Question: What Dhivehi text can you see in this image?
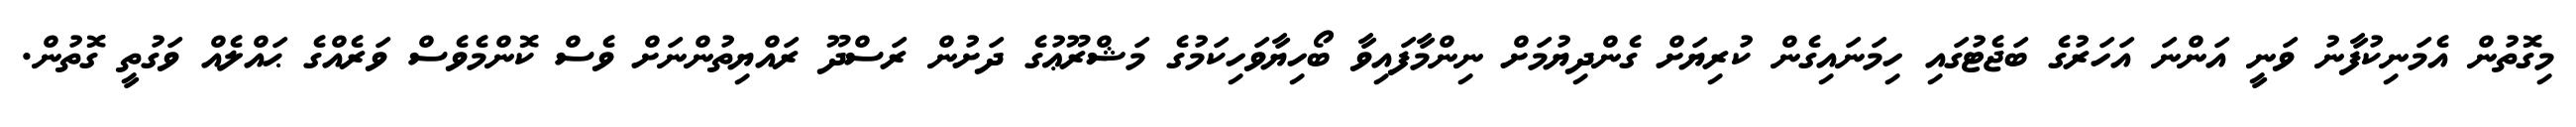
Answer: މިގޮތުން އެމަނިކުފާނު ވަނީ އަންނަ އަހަރުގެ ބަޖެޓުގައި ހިމަނައިގެން ކުރިޔަށް ގެންދިޔުމަށް ނިންމާފައިވާ ބޯހިޔާވަހިކަމުގެ މަޝްރޫޢުގެ ދަށުން ރަސްދޫ ރައްޔިތުންނަށް ވެސް ކޮންމެވެސް ވަރެއްގެ ޙައްލެއް ވަގުތީ ގޮތުން.